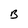
Character: B